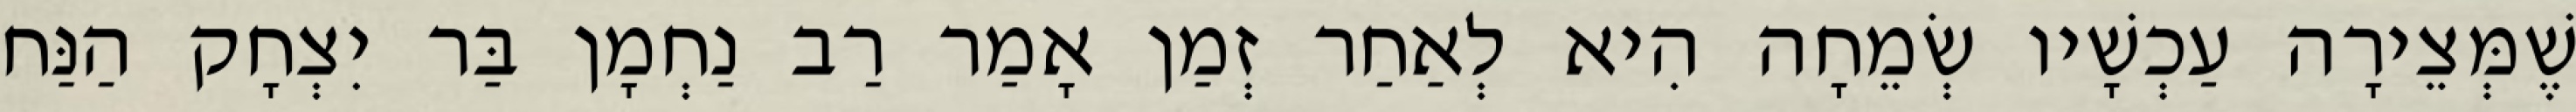
שֶׁמְּצֵירָה עַכְשָׁיו שְׂמֵחָה הִיא לְאַחַר זְמַן אָמַר רַב נַחְמָן בַּר יִצְחָק הַנַּח